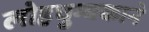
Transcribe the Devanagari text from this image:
लोहचुम्बकाने